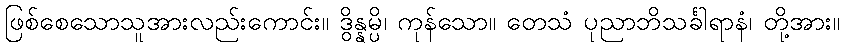
ဖြစ်စေသောသူအားလည်းကောင်း။ ဒွိန္နမ္ပိ၊ ကုန်သော။ တေသံ ပုညာဘိသင်္ခါရာနံ၊ တို့အား။